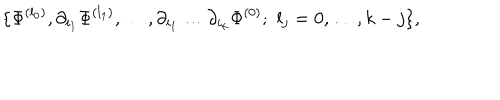
\{ \Phi ^ { ( l _ { 0 } ) } , \partial _ { i _ { 1 } } \Phi ^ { ( l _ { 1 } ) } , \ldots , \partial _ { i _ { 1 } } \dots \partial _ { i _ { k } } \Phi ^ { ( 0 ) } ; \, \, l _ { j } = 0 , \ldots , k - j \} ,